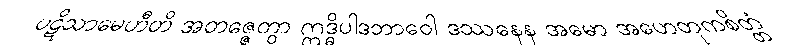
ပဋိသာမေဟီတိ အတဇ္ဇေတွာ ဣဒ္ဓိပါဒဘာဝေါ ဒဿနေန အမော အဟေတုကစိတ္တံ